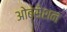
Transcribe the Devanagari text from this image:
ओबसेशन